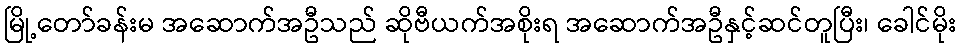
မြို့တော်ခန်းမ အဆောက်အဦသည် ဆိုဗီယက်အစိုးရ အဆောက်အဦနှင့်ဆင်တူပြီး၊ ခေါင်မိုး